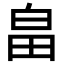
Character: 畠